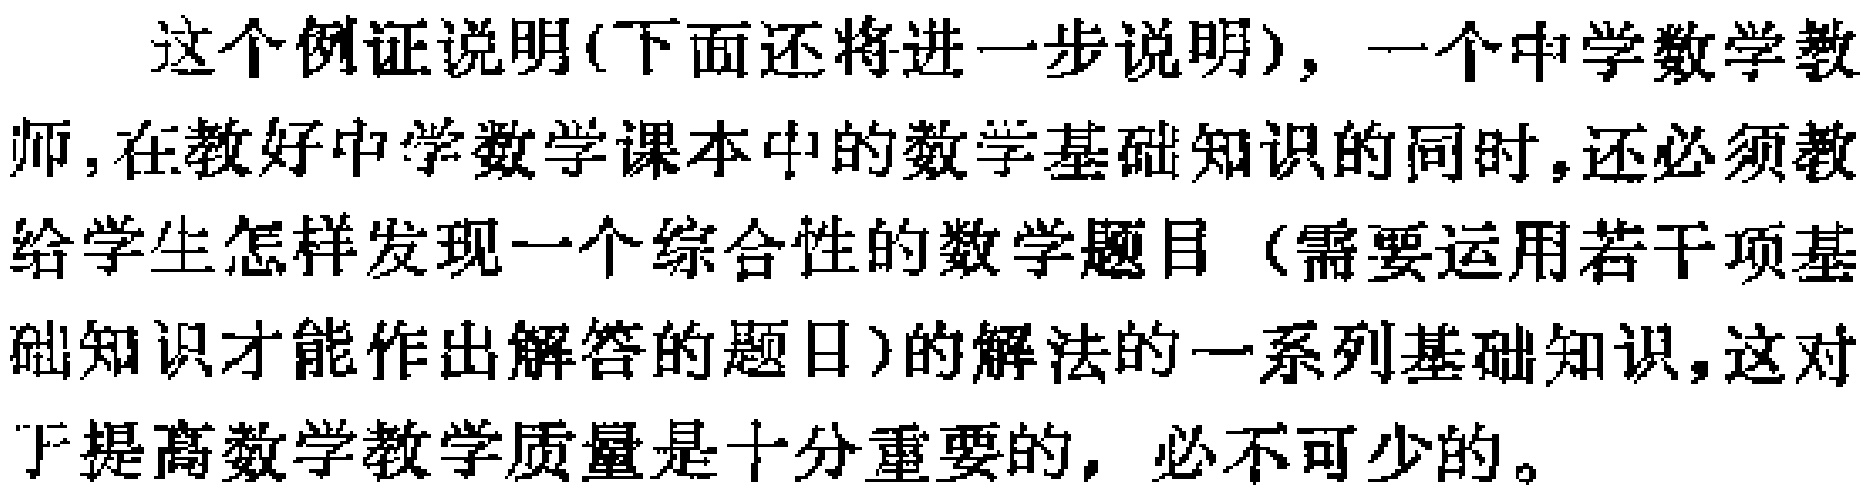
这个例证说明(下面还将进一步说明)，一个中学数学教师,在教好中学数学课本中的数学基础知识的同时,还必须教给学生怎样发现一个综合性的数学题目（需要运用若干项基础知识才能作出解答的题目）的解法的一系列基础知识,这对于提高数学教学质量是十分重要的，必不可少的。